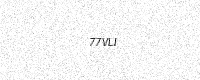
Text: 77VLI